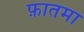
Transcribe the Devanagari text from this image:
फ़ातमा